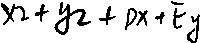
x 2 + y 2 + D x + E y